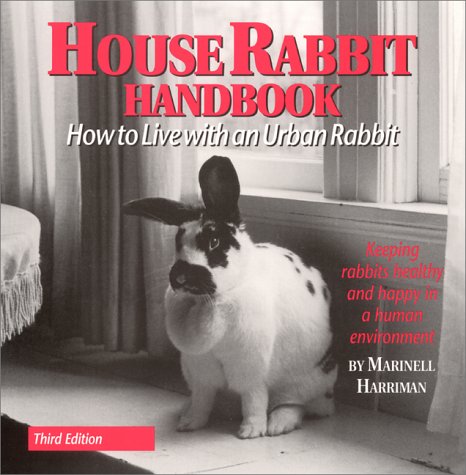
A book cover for House Rabbit Handbook: How to Live with an Urban Rabbit; Marinell Harriman; Crafts, Hobbies & Home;